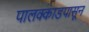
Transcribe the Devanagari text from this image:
पालक्काडपासून